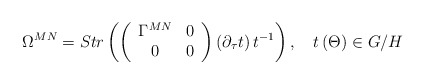
\begin{align*}\Omega ^{MN}=Str\left( \left( \begin{array}{cc}\Gamma ^{MN} & 0 \\ 0 & 0\end{array}\right) \left( \partial _\tau t\right) t^{-1}\right) ,\quad t\left( \Theta\right) \in G/H \end{align*}